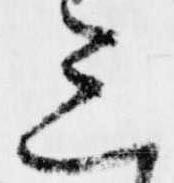
三